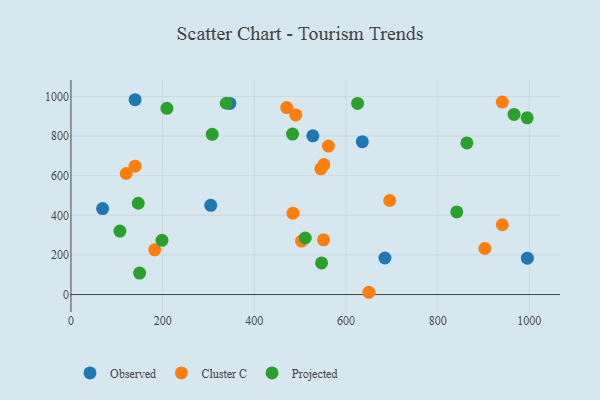
{"axis": {"x": "Price", "y": "Demand"}, "legend": ["Cluster C", "Observed", "Projected"], "data": [{"x": "304.9", "y": 450.3, "type": "Observed"}, {"x": "527.7", "y": 801.0, "type": "Observed"}, {"x": "139.9", "y": 983.4, "type": "Observed"}, {"x": "69.1", "y": 433.9, "type": "Observed"}, {"x": "635.6", "y": 771.8, "type": "Observed"}, {"x": "346.7", "y": 964.9, "type": "Observed"}, {"x": "685.0", "y": 184.5, "type": "Observed"}, {"x": "995.7", "y": 183.6, "type": "Observed"}, {"x": "902.9", "y": 232.4, "type": "Cluster C"}, {"x": "120.5", "y": 610.9, "type": "Cluster C"}, {"x": "139.7", "y": 648.2, "type": "Cluster C"}, {"x": "695.4", "y": 474.7, "type": "Cluster C"}, {"x": "551.6", "y": 656.2, "type": "Cluster C"}, {"x": "484.4", "y": 410.8, "type": "Cluster C"}, {"x": "182.6", "y": 225.9, "type": "Cluster C"}, {"x": "941.0", "y": 971.7, "type": "Cluster C"}, {"x": "470.7", "y": 943.9, "type": "Cluster C"}, {"x": "550.9", "y": 276.4, "type": "Cluster C"}, {"x": "503.0", "y": 270.0, "type": "Cluster C"}, {"x": "561.7", "y": 749.4, "type": "Cluster C"}, {"x": "941.0", "y": 352.4, "type": "Cluster C"}, {"x": "490.4", "y": 906.5, "type": "Cluster C"}, {"x": "545.1", "y": 634.4, "type": "Cluster C"}, {"x": "649.9", "y": 11.5, "type": "Cluster C"}, {"x": "149.8", "y": 108.3, "type": "Projected"}, {"x": "338.9", "y": 965.6, "type": "Projected"}, {"x": "966.6", "y": 909.3, "type": "Projected"}, {"x": "995.2", "y": 892.0, "type": "Projected"}, {"x": "841.7", "y": 417.2, "type": "Projected"}, {"x": "146.8", "y": 460.8, "type": "Projected"}, {"x": "209.3", "y": 940.2, "type": "Projected"}, {"x": "511.1", "y": 285.5, "type": "Projected"}, {"x": "308.2", "y": 808.8, "type": "Projected"}, {"x": "106.8", "y": 320.3, "type": "Projected"}, {"x": "625.3", "y": 964.7, "type": "Projected"}, {"x": "546.7", "y": 159.6, "type": "Projected"}, {"x": "863.7", "y": 765.4, "type": "Projected"}, {"x": "198.6", "y": 273.8, "type": "Projected"}, {"x": "483.4", "y": 810.1, "type": "Projected"}]}